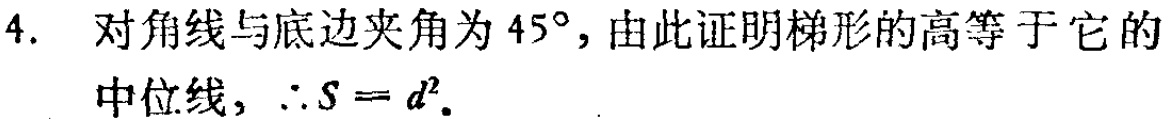
4. 对角线与底边夹角为 \(45^{\circ}\)，由此证明梯形的高等于它的
中位线，\(\therefore S = d^{2}\).